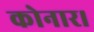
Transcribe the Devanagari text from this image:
कोनार।